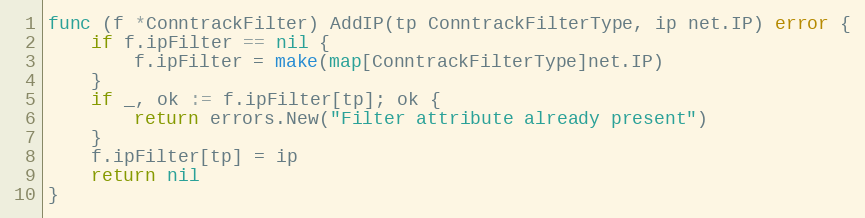
Language: Go
func (f *ConntrackFilter) AddIP(tp ConntrackFilterType, ip net.IP) error {
	if f.ipFilter == nil {
		f.ipFilter = make(map[ConntrackFilterType]net.IP)
	}
	if _, ok := f.ipFilter[tp]; ok {
		return errors.New("Filter attribute already present")
	}
	f.ipFilter[tp] = ip
	return nil
}